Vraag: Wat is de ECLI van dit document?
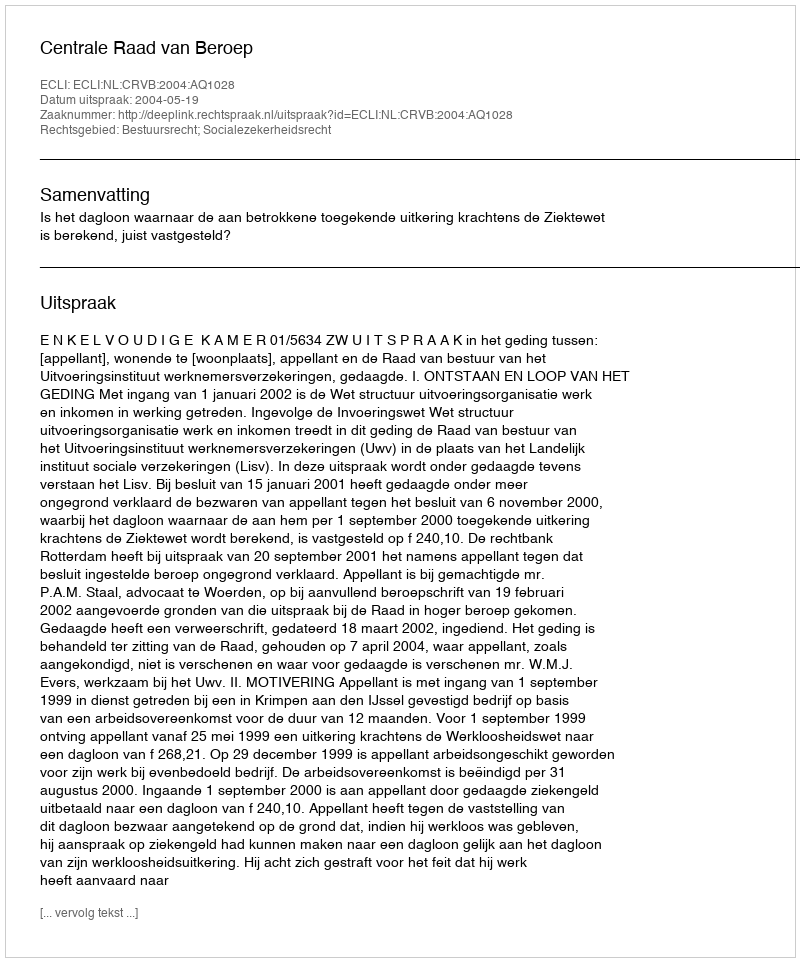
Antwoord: ECLI:NL:CRVB:2004:AQ1028